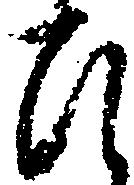
ひ